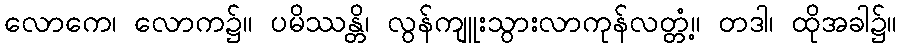
လောကေ၊ လောက၌။ ပမိဿန္တိ၊ လွန်ကျူးသွားလာကုန်လတ္တံ့။ တဒါ၊ ထိုအခါ၌။